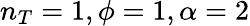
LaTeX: n_{T}=1,\phi=1,\alpha=2